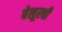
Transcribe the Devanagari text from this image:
बेलूरची